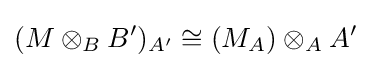
(M\otimes _{B}B')_{A'}\cong (M_{A})\otimes _{A}A'